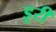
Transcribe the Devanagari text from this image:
डूरी